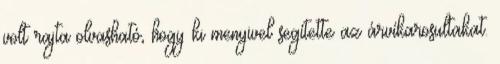
volt rajta olvasható, hogy ki menyivel segítette az árvíkarosultakat.